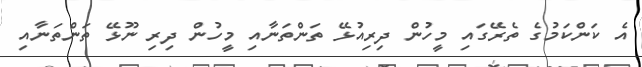
އެ ކަންކަމުގެ ތެރޭގައި މީހުން ދިރިއުޅޭ ތަންތަނާއި މީހުން ދިރި ނޫޅޭ ތަންތަނާއި